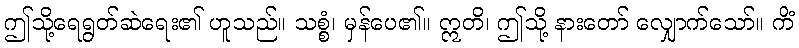
ဤသို့ရေရွတ်ဆဲရေး၏ ဟူသည်။ သစ္စံ၊ မှန်ပေ၏။ ဣတိ၊ ဤသို့ နားတော် လျှောက်သော်။ ကိံ